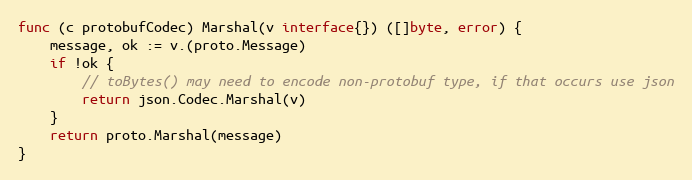
Language: Go
func (c protobufCodec) Marshal(v interface{}) ([]byte, error) {
	message, ok := v.(proto.Message)
	if !ok {
		// toBytes() may need to encode non-protobuf type, if that occurs use json
		return json.Codec.Marshal(v)
	}
	return proto.Marshal(message)
}